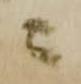
ニ